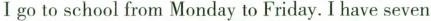
Ⅰ go to school from Monday to Friday. I have seven